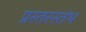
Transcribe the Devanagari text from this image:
प्रस्तरस्तंभ